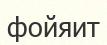
фойяит